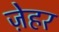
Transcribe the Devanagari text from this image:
ज़ेहर